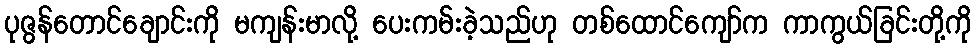
ပုဇွန်တောင်ချောင်းကို မကျန်းမာလို့ ပေးကမ်းခဲ့သည်ဟု တစ်ထောင်ကျော်က ကာကွယ်ခြင်းတို့ကို